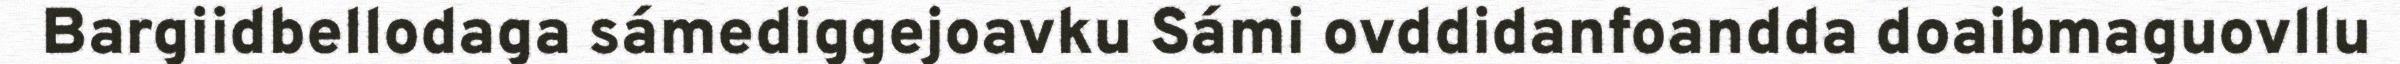
Bargiidbellodaga sámediggejoavku Sámi ovddidanfoandda doaibmaguovllu